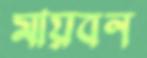
মায়বন